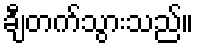
ချီတက်သွားသည်။